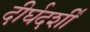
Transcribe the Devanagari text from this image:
दीर्घदर्शी